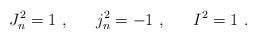
LaTeX: \begin{align*} J_n^2=1~, ~~~~~ j_n^2=-1~, ~~~~~ I^2=1~.\end{align*}